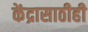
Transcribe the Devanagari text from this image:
केंद्रासाठीही